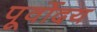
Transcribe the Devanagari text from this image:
पूर्वोदय